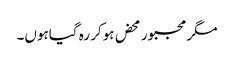
مگر مجبور محض ہوکر رہ گیاہوں۔